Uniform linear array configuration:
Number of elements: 4
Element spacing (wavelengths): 0.5
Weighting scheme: cosine
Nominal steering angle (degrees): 0
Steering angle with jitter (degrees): -0.8902
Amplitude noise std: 0.05
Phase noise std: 0.05

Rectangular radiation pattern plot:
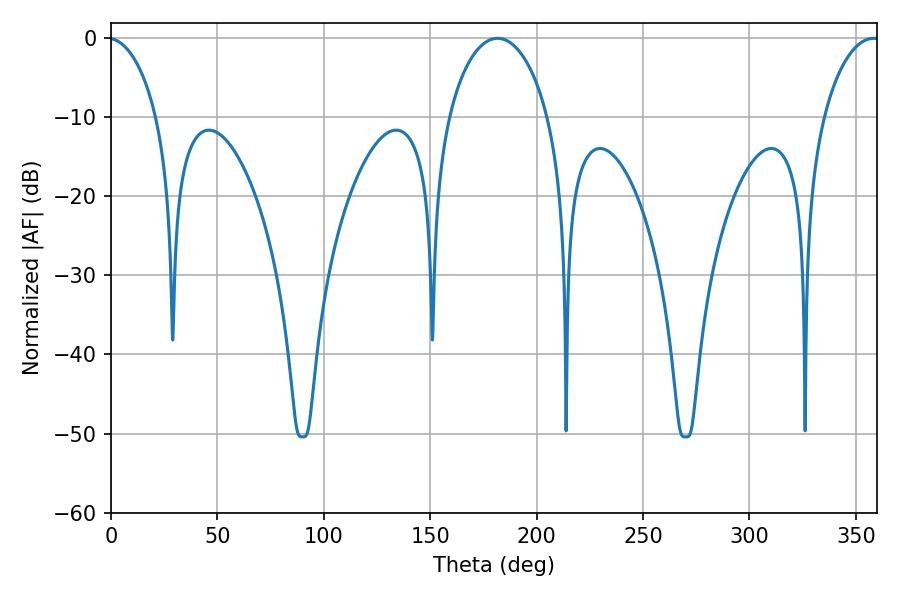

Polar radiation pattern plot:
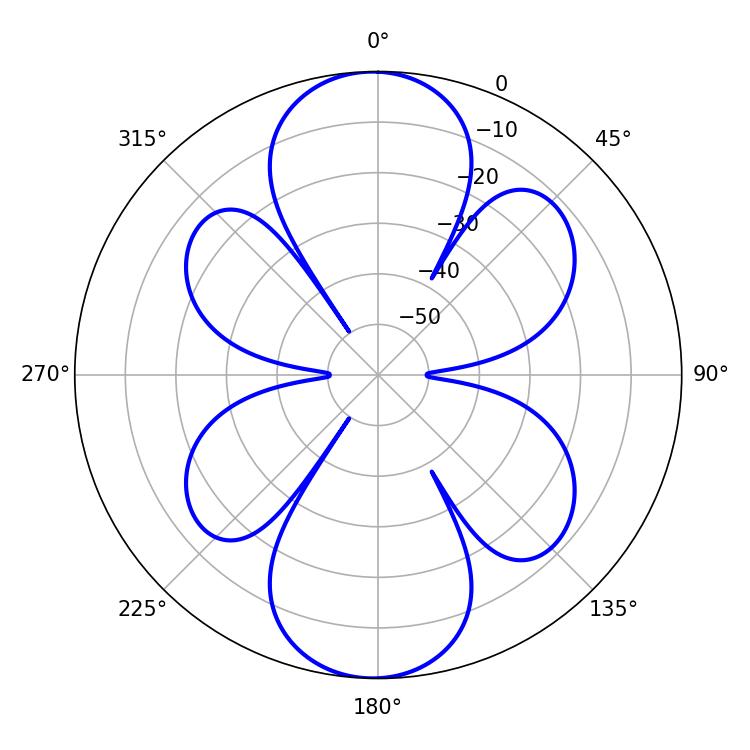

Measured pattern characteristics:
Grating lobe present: FALSE
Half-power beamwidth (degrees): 26.82
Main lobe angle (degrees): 181.62